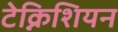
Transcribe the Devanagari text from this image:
टेक्निशियन